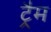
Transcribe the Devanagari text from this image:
ट्रैम